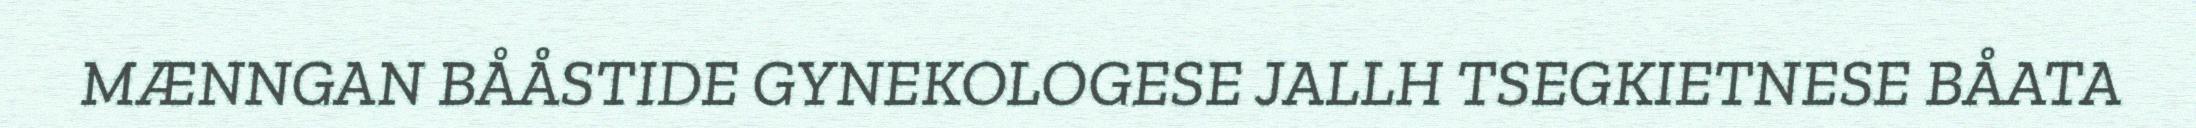
MÆNNGAN BÅÅSTIDE GYNEKOLOGESE JALLH TSEGKIETNESE BÅATA